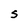
Character: S